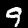
Digit: 9